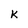
Character: k